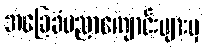
အခြေခံပညာကျောင်းများမှ